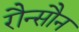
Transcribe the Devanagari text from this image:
रौन्सौन